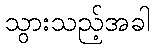
သွားသည့်အခါ